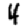
Digit: 4